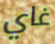
غاي